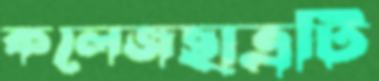
কলেজছাত্রটি